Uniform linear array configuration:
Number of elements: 24
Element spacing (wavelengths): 0.25
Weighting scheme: exponential
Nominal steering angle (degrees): -30
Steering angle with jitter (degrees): -31.58
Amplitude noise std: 0.05
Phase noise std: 0.05

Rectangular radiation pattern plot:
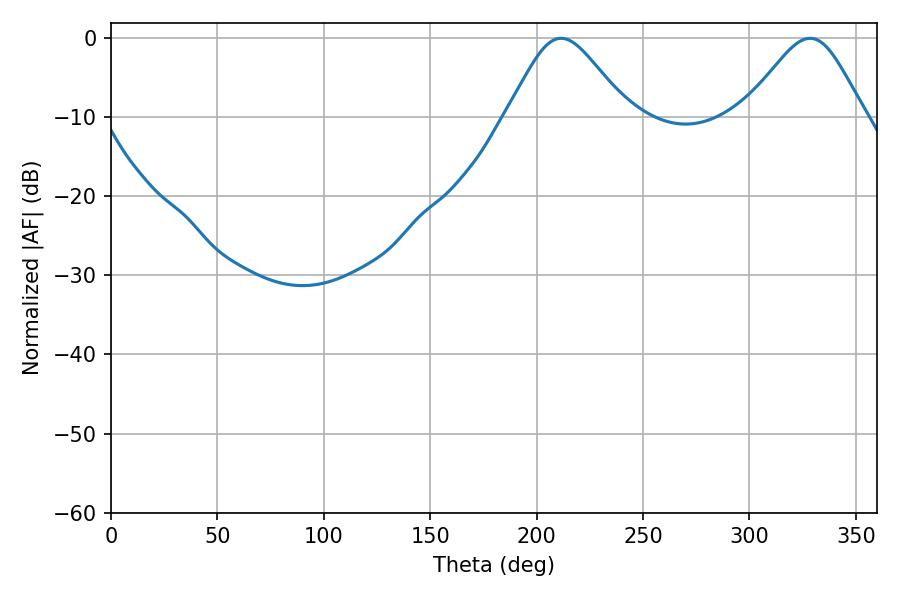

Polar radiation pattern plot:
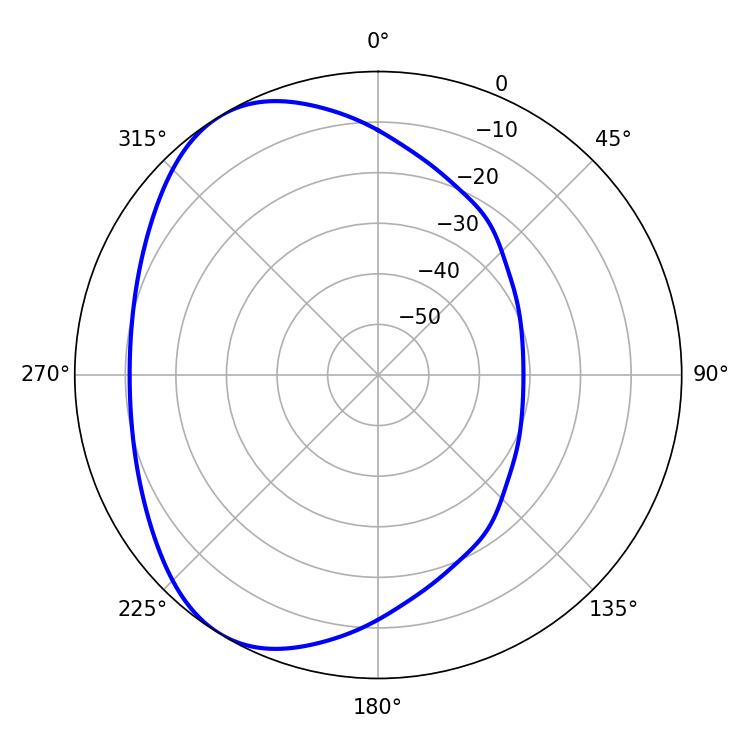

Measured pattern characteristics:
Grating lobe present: FALSE
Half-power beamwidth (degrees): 27.9
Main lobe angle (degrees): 211.5